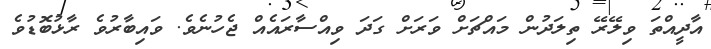
އާދީއްތަ ވިލޭރޭ ތިލަދުން މައްޗަށް ވަރަށް ގަދަ ވިއްސާރައެއް ޖެހުނެވެ. ވައިބާރުވެ ރާޅުބޮޑުވެ